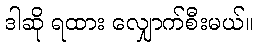
ဒါဆို ရထား လျှောက်စီးမယ်။